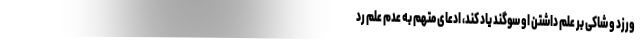
ورزد و شاکی بر علم داشتن او سوگند یاد کند، ادعای متهم به عدم علم رد